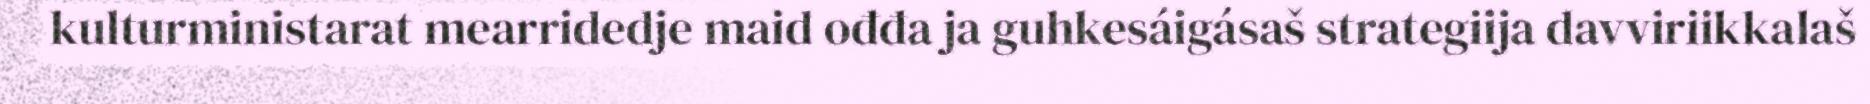
kulturministarat mearridedje maid ođđa ja guhkesáigásaš strategiija davviriikkalaš